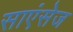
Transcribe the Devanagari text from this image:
साएंसेज